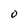
Character: O